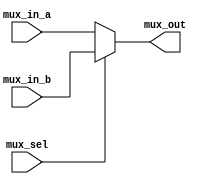
// Christopher Hays
// ECE 176
// 4-bit, 2:1 multiplexer
// mux4.v

module mux4 (mux_in_a, mux_in_b, mux_sel, mux_out);

	input [3:0] mux_in_a, mux_in_b;
	input mux_sel;
	
	output [3:0] mux_out;
	reg [3:0] mux_out;
	
	always@(mux_sel, mux_in_a, mux_in_b)begin
		if (mux_sel)
			mux_out <= mux_in_b;
		else
			mux_out <= mux_in_a;
	end 
	

endmodule